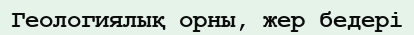
Геологиялық орны, жер бедері